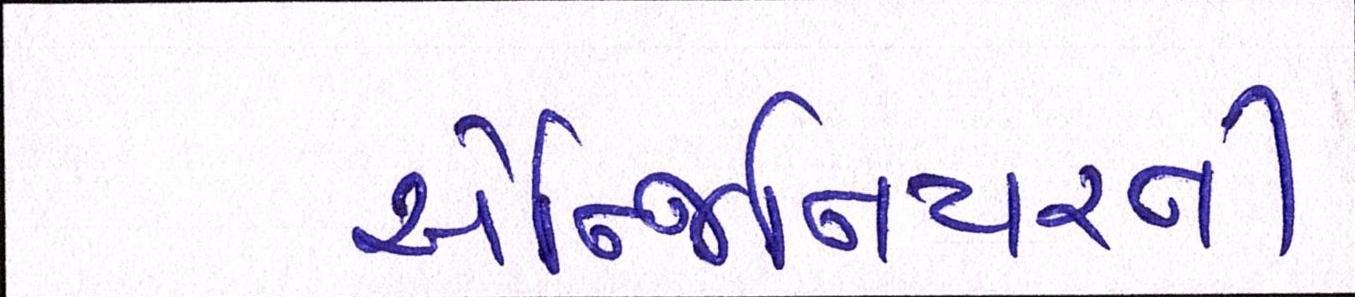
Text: એન્જિનિયરની